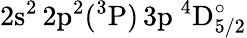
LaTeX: \mathrm{2s^{2}\, 2p^{2}(^{3}P)\, 3p~^{4}D_{5/2}^{\circ}}